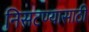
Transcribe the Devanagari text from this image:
निसटण्यासाठी